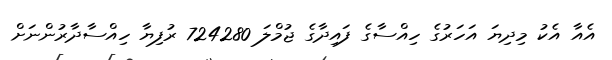
އެއާ އެކު މިދިޔަ އަހަރުގެ ހިއްސާގެ ފައިދާގެ ޖުމްލަ 724280 ރުފިޔާ ހިއްސާދާރުންނަށް